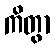
ကိတွာ